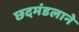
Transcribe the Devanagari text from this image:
छदमंडलाने